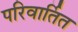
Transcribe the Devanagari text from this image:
परिवार्तित